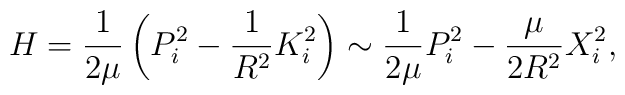
H=\frac{1}{2\mu}\left(P_{i}^{2}-\frac{1}{R^{2}}K_{i}^{2}\right)\sim \frac{1}{2\mu}P_{i}^{2}-\frac{\mu}{2R^{2}}X_{i}^{2},